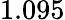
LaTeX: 1.095